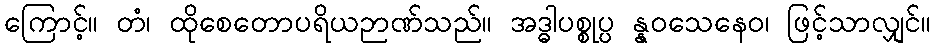
ကြောင့်။ တံ၊ ထိုစေတောပရိယဉာဏ်သည်။ အဒ္ဓါပစ္စုပ္ပ န္နဝသေနေဝ၊ ဖြင့်သာလျှင်။